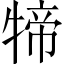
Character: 𤚢